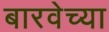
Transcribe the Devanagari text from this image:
बारवेच्या